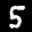
Label: 5